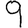
Digit: 9